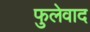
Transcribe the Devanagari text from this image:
फुलेवाद